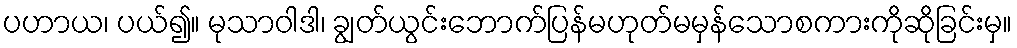
ပဟာယ၊ ပယ်၍။ မုသာဝါဒါ၊ ချွတ်ယွင်းဘောက်ပြန်မဟုတ်မမှန်သောစကားကိုဆိုခြင်းမှ။